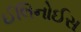
ઈલિનોઈસ